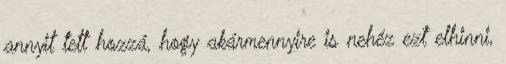
annyit tett hozzá, hogy akármennyire is nehéz ezt elhinni,